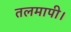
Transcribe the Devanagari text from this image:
तलमापी।